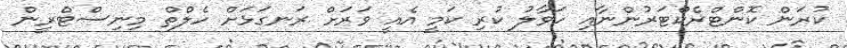
ކުރަން ކޮންޓްރެކްޓަރުންނާއި ހަވާލު ކުރި ކަމީ އެއީ ވަރަށް ރަނގަޅަށް ހެލްތް މިނިސްޓްރީން